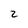
Character: 2